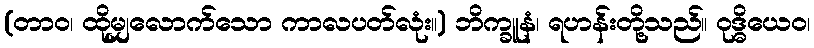
(တာဝ၊ ထိုမျှလောက်သော ကာလပတ်လုံး။) ဘိက္ခူနံ၊ ရဟန်းတို့သည်။ ဝုဒ္ဓိယေဝ၊